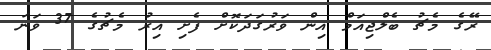
ރޭގެ މެޗު ބެލްޖިއަމް އިން ވަރުގަދަކޮށް ފެށި އިރު މެޗުގެ 37 ވަނަ